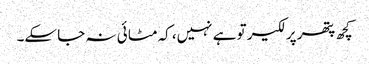
کچھ پتھر پر لکیر تو ہے نہیں، کہ مٹا ئی نہ جا سکے۔